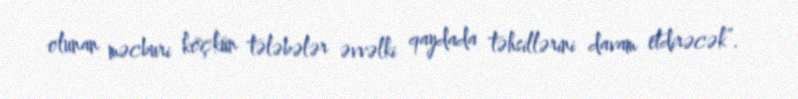
olunan məcburi köçkün tələbələr əvvəlki qaydada təhsillərini davam etdirəcək”.